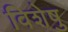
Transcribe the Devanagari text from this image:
विशेषु